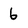
Character: 6